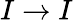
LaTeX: I\rightarrow I